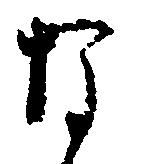
な